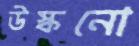
উস্‌কনো